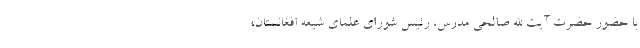
با حضور حضرت آیت الله صالحی مدرس، رئیس شورای علمای شیعه افغانستان،